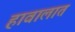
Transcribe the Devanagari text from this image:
हावालात